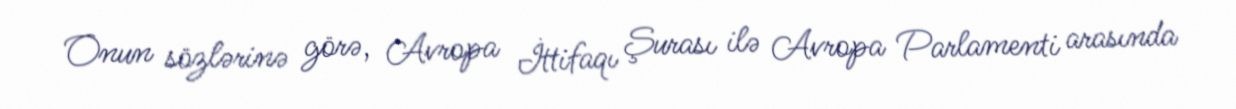
Onun sözlərinə görə, Avropa İttifaqı Şurası ilə Avropa Parlamenti arasında